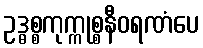
ဥဒ္ဓစ္စကုက္ကုစ္စနီဝရဏံပေ